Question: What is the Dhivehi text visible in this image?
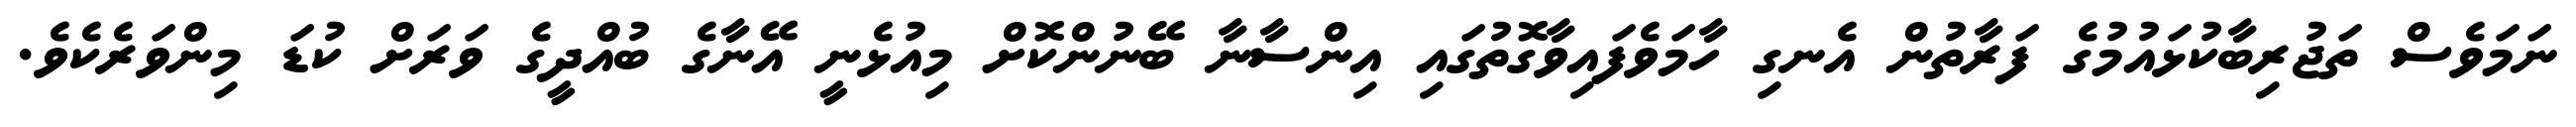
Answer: ނަމަވެސް ތަޖުރިބާކުޅައުމުގެ ފަރާތުން އެނގި ހާމަވެފައިވާގޮތުގައި އިންސާނާ ބޭނުންކޮށް މިއުޅެނީ އޭނާގެ ބުއްދީގެ ވަރަށް ކުޑަ މިންވަރެކެވެ.